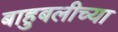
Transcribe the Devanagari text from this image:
बाहुबलीच्या